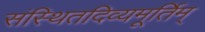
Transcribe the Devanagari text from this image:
संस्थितदिव्यमूर्तिम्